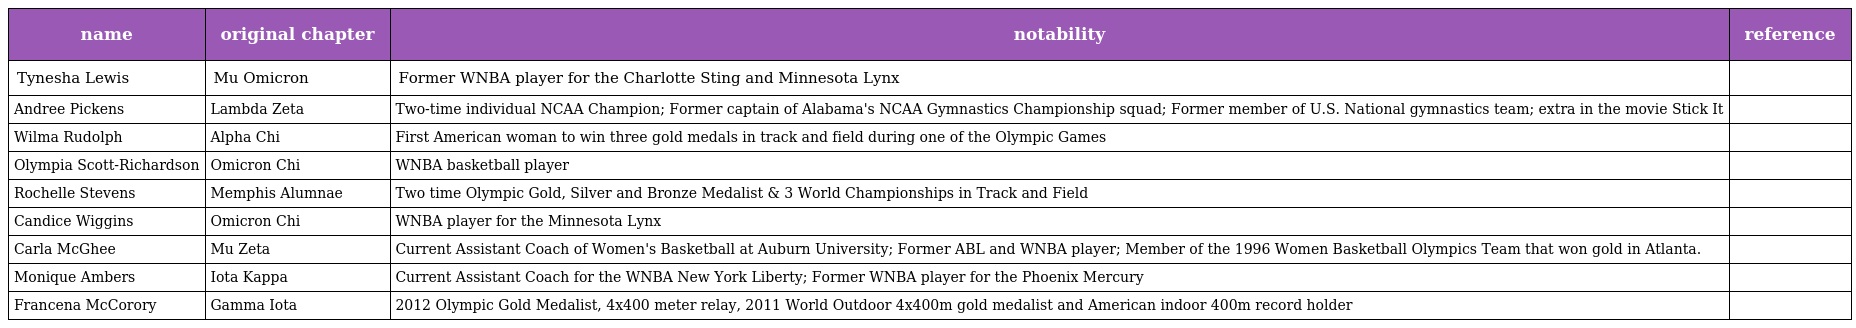
| name | original chapter | notability | reference |
 | --- | --- | --- | --- |
 | Tynesha Lewis | Mu Omicron | Former WNBA player for the Charlotte Sting and Minnesota Lynx |  |
 | Andree Pickens | Lambda Zeta | Two-time individual NCAA Champion; Former captain of Alabama's NCAA Gymnastics Championship squad; Former member of U.S. National gymnastics team; extra in the movie Stick It |  |
 | Wilma Rudolph | Alpha Chi | First American woman to win three gold medals in track and field during one of the Olympic Games |  |
 | Olympia Scott-Richardson | Omicron Chi | WNBA basketball player |  |
 | Rochelle Stevens | Memphis Alumnae | Two time Olympic Gold, Silver and Bronze Medalist & 3 World Championships in Track and Field |  |
 | Candice Wiggins | Omicron Chi | WNBA player for the Minnesota Lynx |  |
 | Carla McGhee | Mu Zeta | Current Assistant Coach of Women's Basketball at Auburn University; Former ABL and WNBA player; Member of the 1996 Women Basketball Olympics Team that won gold in Atlanta. |  |
 | Monique Ambers | Iota Kappa | Current Assistant Coach for the WNBA New York Liberty; Former WNBA player for the Phoenix Mercury |  |
 | Francena McCorory | Gamma Iota | 2012 Olympic Gold Medalist, 4x400 meter relay, 2011 World Outdoor 4x400m gold medalist and American indoor 400m record holder |  |